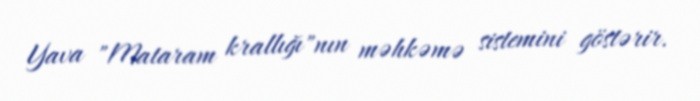
Yava "Mataram krallığı"nın məhkəmə sistemini göstərir.